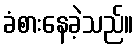
ခံစားနေခဲ့သည်။